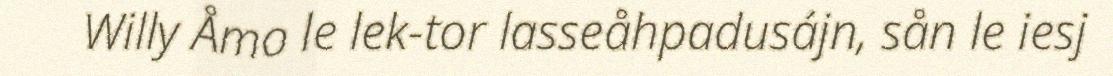
Willy Åmo le lek-tor lasseåhpadusájn, sån le iesj